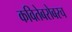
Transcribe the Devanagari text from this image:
कवितेबरोबरच